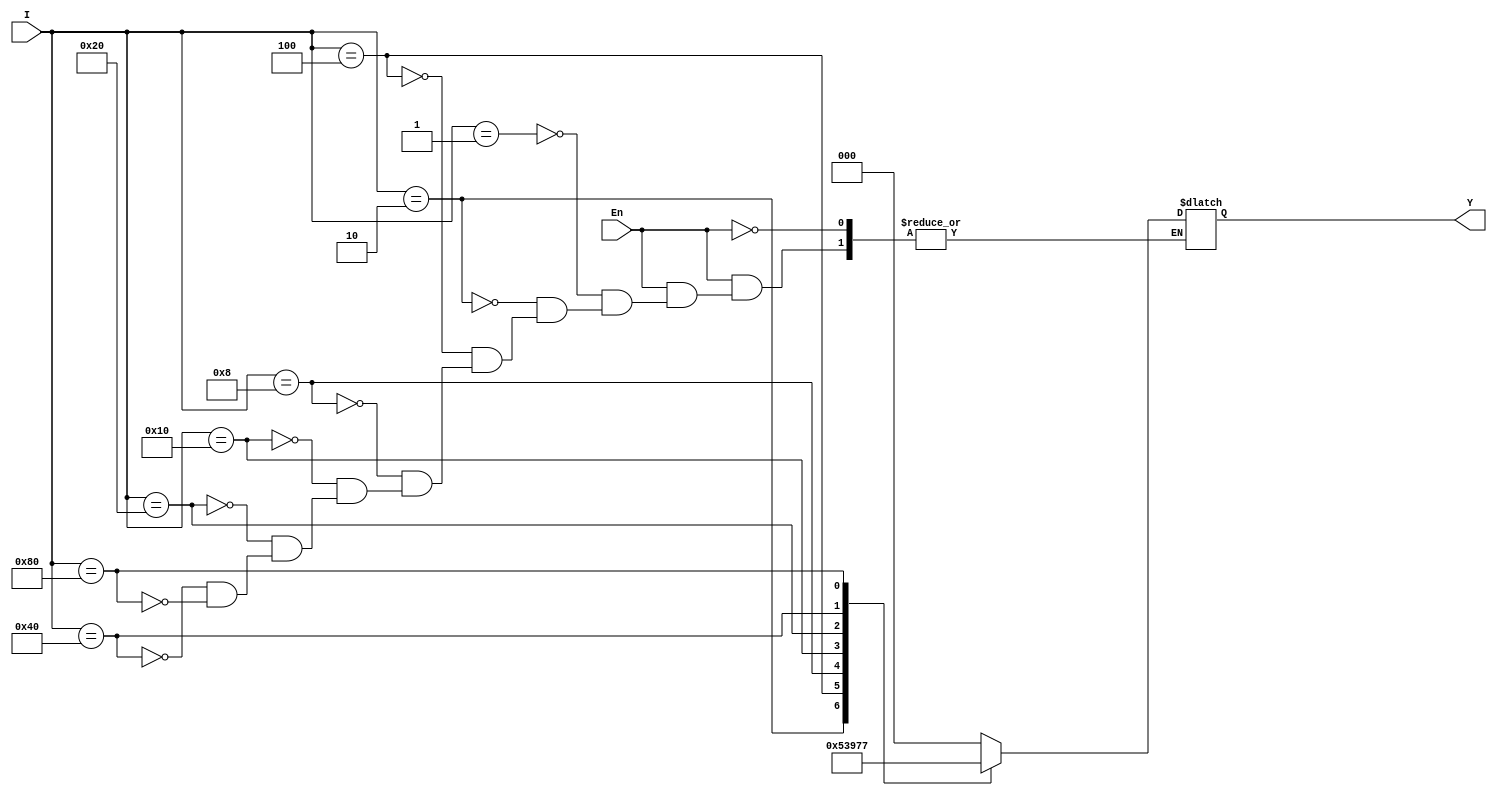
`timescale 1ns / 1ps
//////////////////////////////////////////////////////////////////////////////////
// Company: 
// Engineer: 
// 
// Design Name: 
// Module Name: encoder_8_3
// Project Name: 
// Target Devices: 
// Tool Versions: 
// Description: 
// 
// Dependencies: 
// 
// Revision:
// Revision 0.01 - File Created
// Additional Comments:
// 
//////////////////////////////////////////////////////////////////////////////////

module encoder_8_3(I,En,Y);

        input [7:0] I;
        input En;
        output reg [2:0] Y;
        
        always@(I or En)
        begin
            if(En)
                case(I)
                8'b0000_0001: Y = 3'd0;
                8'b0000_0010: Y = 3'd1;
                8'b0000_0100: Y = 3'd2;
                8'b0000_1000: Y = 3'd3;
                8'b0001_0000: Y = 3'd4;
                8'b0010_0000: Y = 3'd5;
                8'b0100_0000: Y = 3'd6;
                8'b1000_0000: Y = 3'd7;
                endcase
            else;
        end     
endmodule